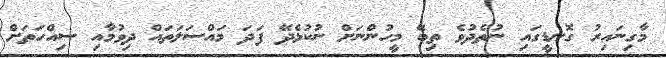
މާގިނައިރު ގޮނޑީގައި ނުތެދުވެ ތިބޭ މީހުންނަށް ނުކުޅެދޭ ފަދަ މައްސަލަތައް ދިވުމާއި ސިއްހަތަށް